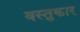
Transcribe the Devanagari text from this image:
वस्तुकार